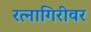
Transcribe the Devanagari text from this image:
रत्‍नागिरीवर